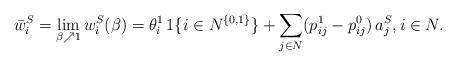
LaTeX: \begin{align*}\bar{w}_i^S = \lim_{\beta \nearrow 1} w_i^S(\beta) = \theta_i^1 \, 1\{i \in N^{\{0, 1\}}\} + \sum_{j \in N} (p_{ij}^1 - p_{ij}^0) \, a^S_j, i \in N.\end{align*}